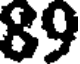
89